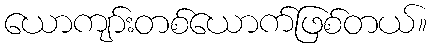
ယောကျာ်းတစ်ယောက်ဖြစ်တယ်။